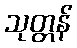
သုတ္တန်